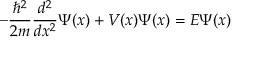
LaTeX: - { \frac { \hbar ^ { 2 } } { 2 m } } { \frac { d ^ { 2 } } { d x ^ { 2 } } } \Psi ( x ) + V ( x ) \Psi ( x ) = E \Psi ( x )